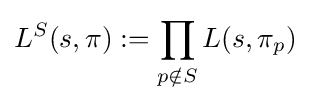
L^{S}(s,\pi ):=\prod _{p\notin S}L(s,\pi _{p})